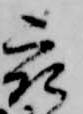
被